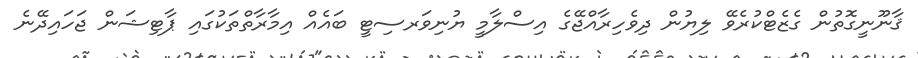
ޤާނޫނީގޮތުން ގެޒެޓްކުރެވޭ ލިޔުން ދިވެހިރާއްޖޭގެ އިސްލާމީ ޔުނިވަރސިޓީ ބައެއް އިމާރާތްތަކުގައި ޕާޓިޝަން ޖަހައިދޭނެ